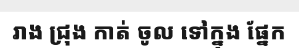
រាង ជ្រុង កាត់ ចូល ទៅក្នុង ផ្នែក